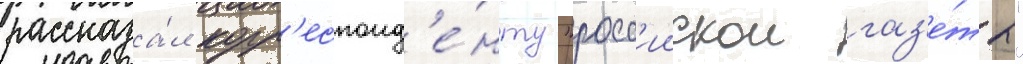
рассказа́л корр'еспонд'е́нту "росс'иискои газ'е́ты"